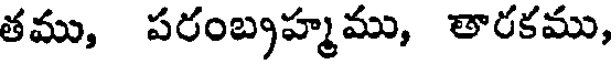
తము, పరంబృహ్మము, తారకము,